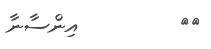
٦٦         އިންސާނާ